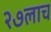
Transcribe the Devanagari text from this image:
२७लाच